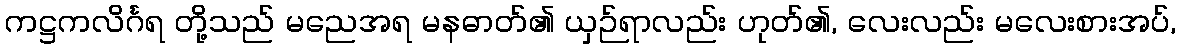
ကဋ္ဌကလိင်္ဂရ တို့သည် မညေအရ မနဓာတ်၏ ယှဉ်ရာလည်း ဟုတ်၏, လေးလည်း မလေးစားအပ်,